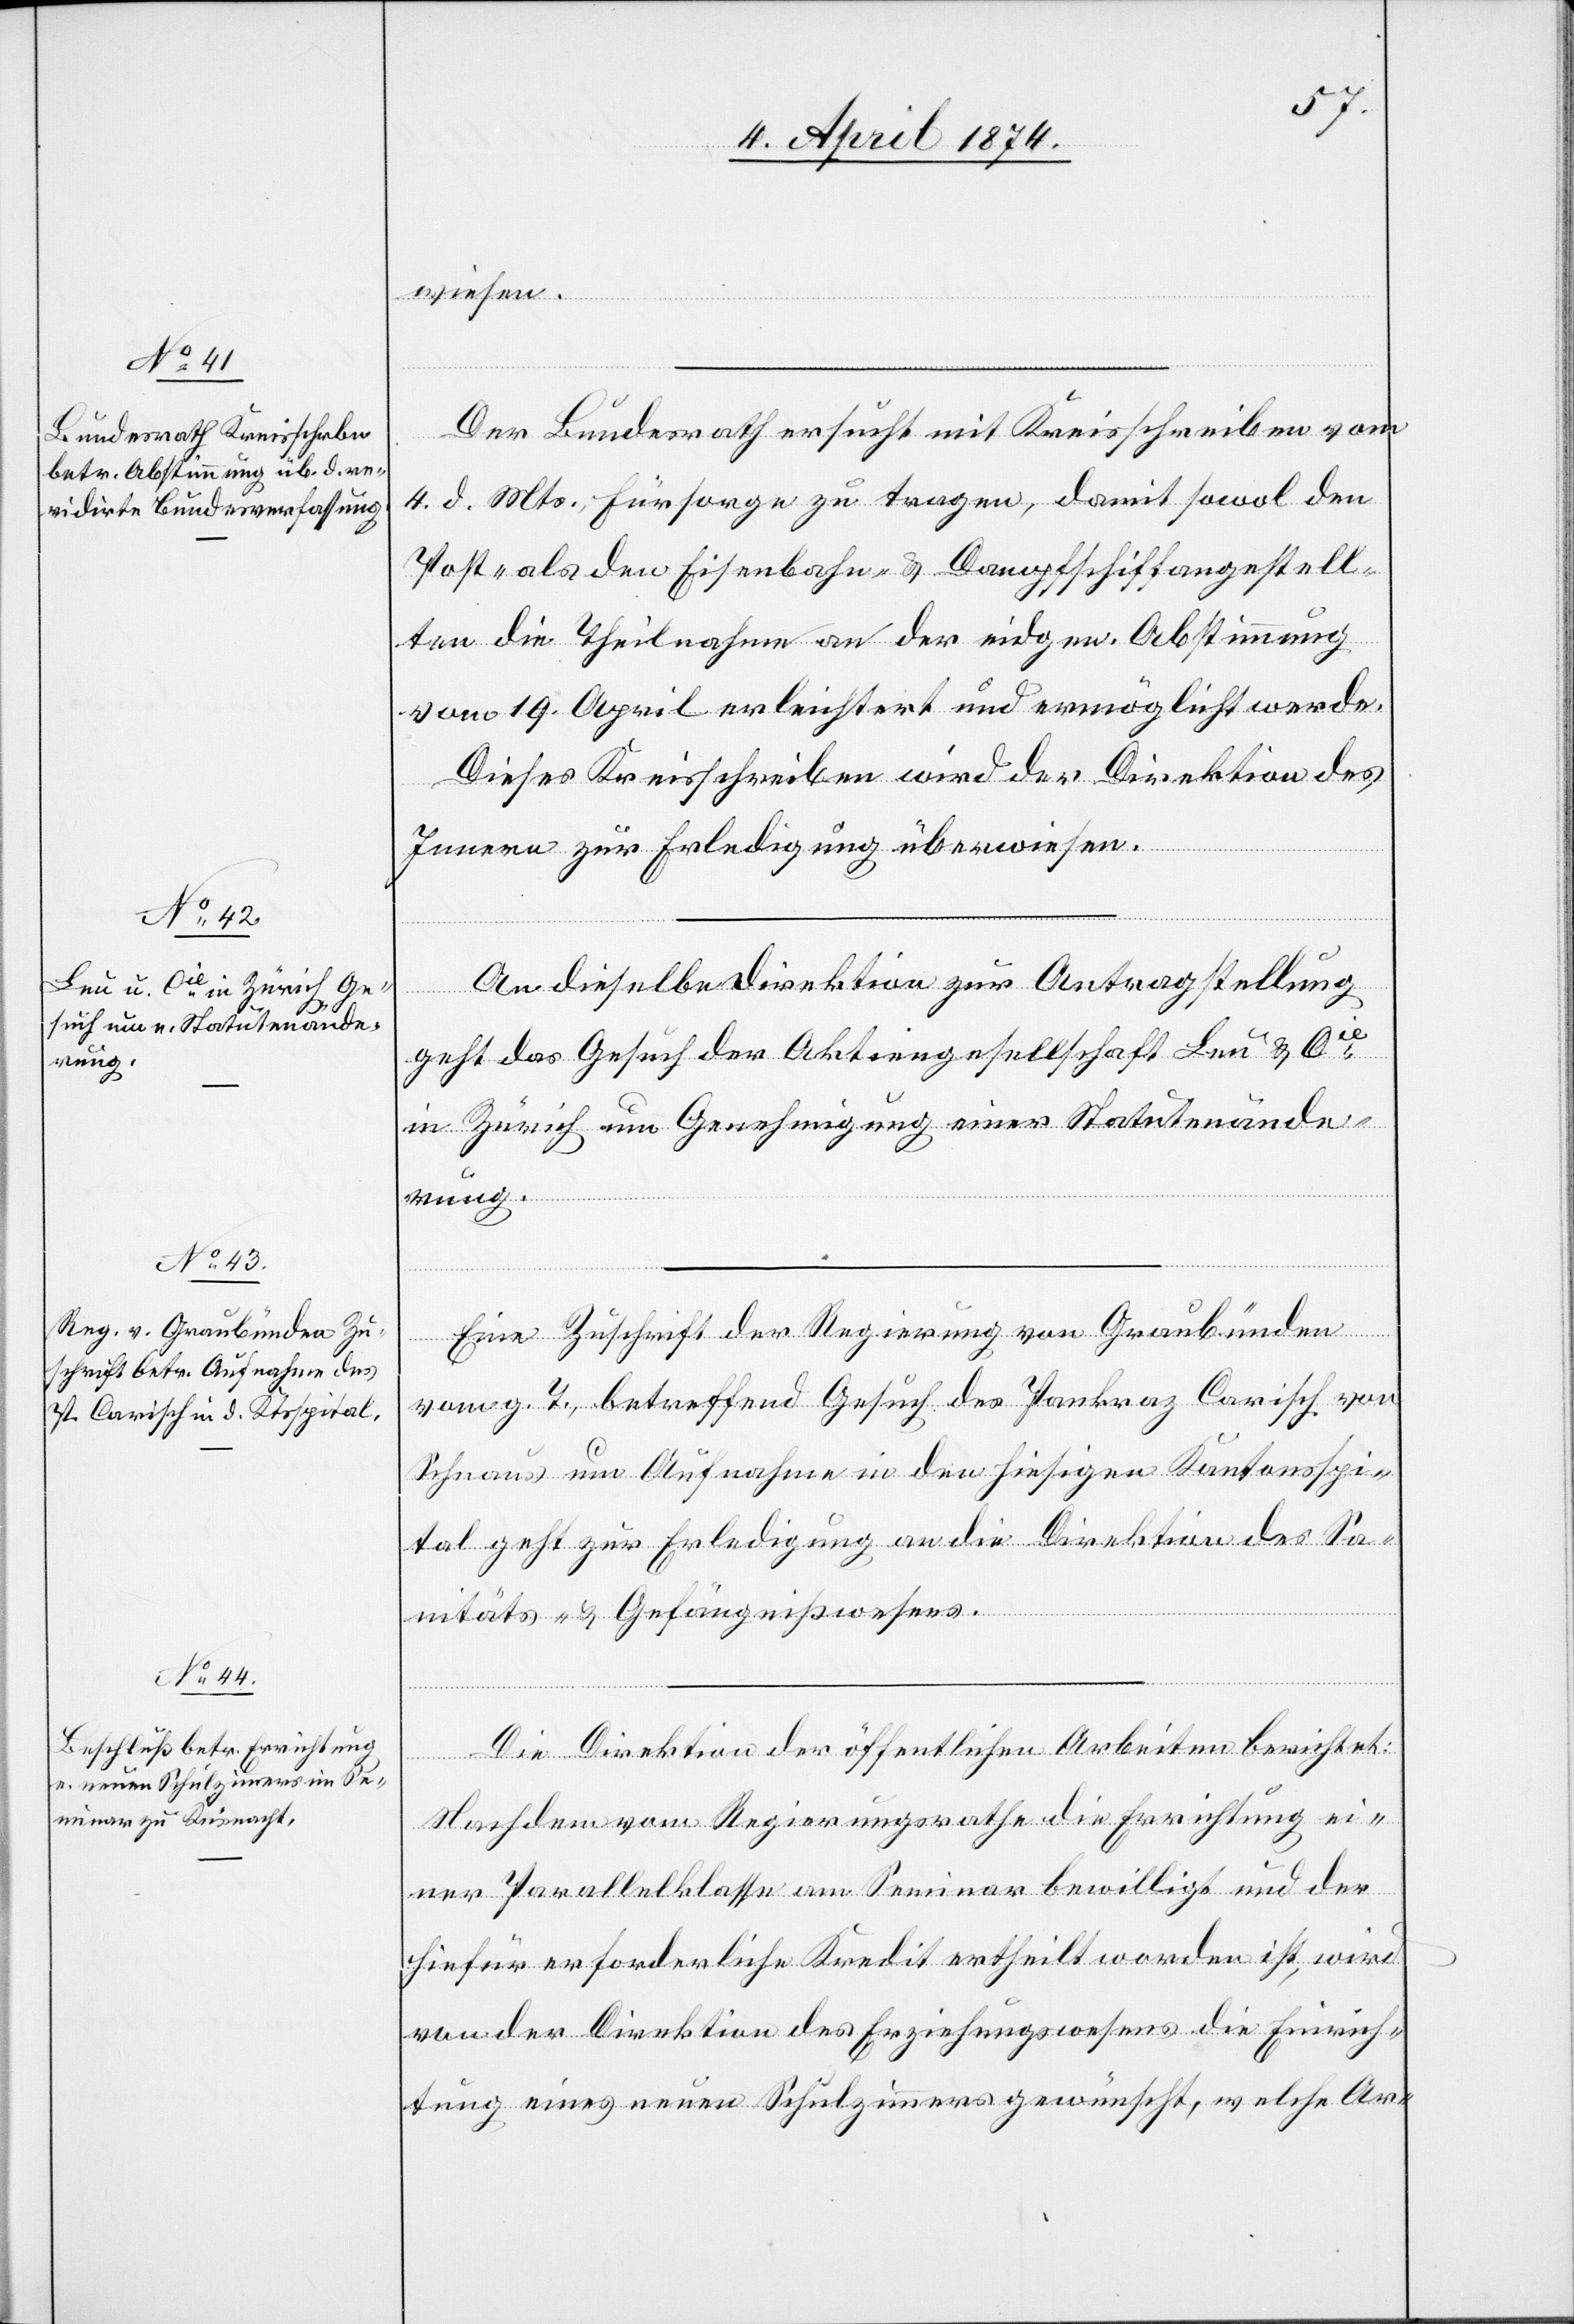
8. April 1874.]
wiesen.
Der Bundesrath ersucht mit Kreisschreiben vom
4. d. Mts., Fürsorge zu tragen, damit sowol den
Post- als den Eisenbahn- u. Dampfschiffangestell¬
ten die Theilnahme an der eidgen. Abstimmung
vom 19. April erleichtert und ermöglicht werde.
Dieses Kreisschreiben wird der Direktion des
Innern zur Erledigung überwiesen.
An dieselbe Direktion zur Antragstellung
geht das Gesuch der Aktiengesellschaft Leu u. Cie
in Zürich um Genehmigung einer Statutenände¬
rung.
Eine Zuschrift der Regierung von Graubünden
vom g. T., betreffend Gesuch des Pankraz Carisch von
Schnaus um Aufnahme in den hiesigen Kantonsspi¬
tal geht zur Erledigung an die Direktion des Sa¬
nitäts- u. Gefängnißwesens.
Die Direktion der öffentlichen Arbeiten berichtet:
Nachdem vom Regierungsrathe die Errichtung ei¬
ner Parallelklasse am Seminar bewilligt und der
hiefür erforderliche Kredit ertheilt worden ist, wird
von der Direktion des Erziehungswesens die Einrich¬
tung eines neuen Schulzimmers gewünscht, welche Ar-